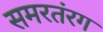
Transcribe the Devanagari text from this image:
समरतंरग